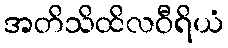
အတိသိထိလဝီရိယံ